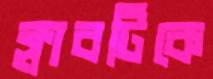
ক্লাবটিকে